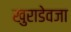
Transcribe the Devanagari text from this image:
खुराडेवजा